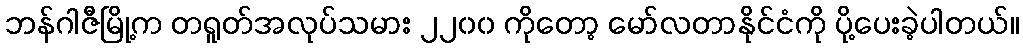
ဘန်ဂါဇီမြို့က တရူတ်အလုပ်သမား ၂၂၀၀ ကိုတော့ မော်လတာနိုင်ငံကို ပို့ပေးခဲ့ပါတယ်။